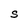
Character: S